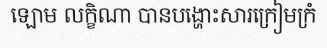
ឡោម លក្ខិណា បានបង្ហោះសារក្រៀមក្រំ